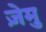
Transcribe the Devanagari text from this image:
ज़ेमु